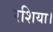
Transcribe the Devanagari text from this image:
रशिया।